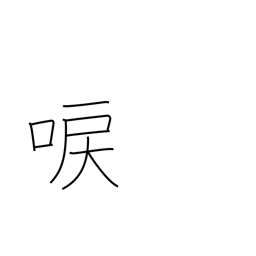
Meaning: droning of cicadas